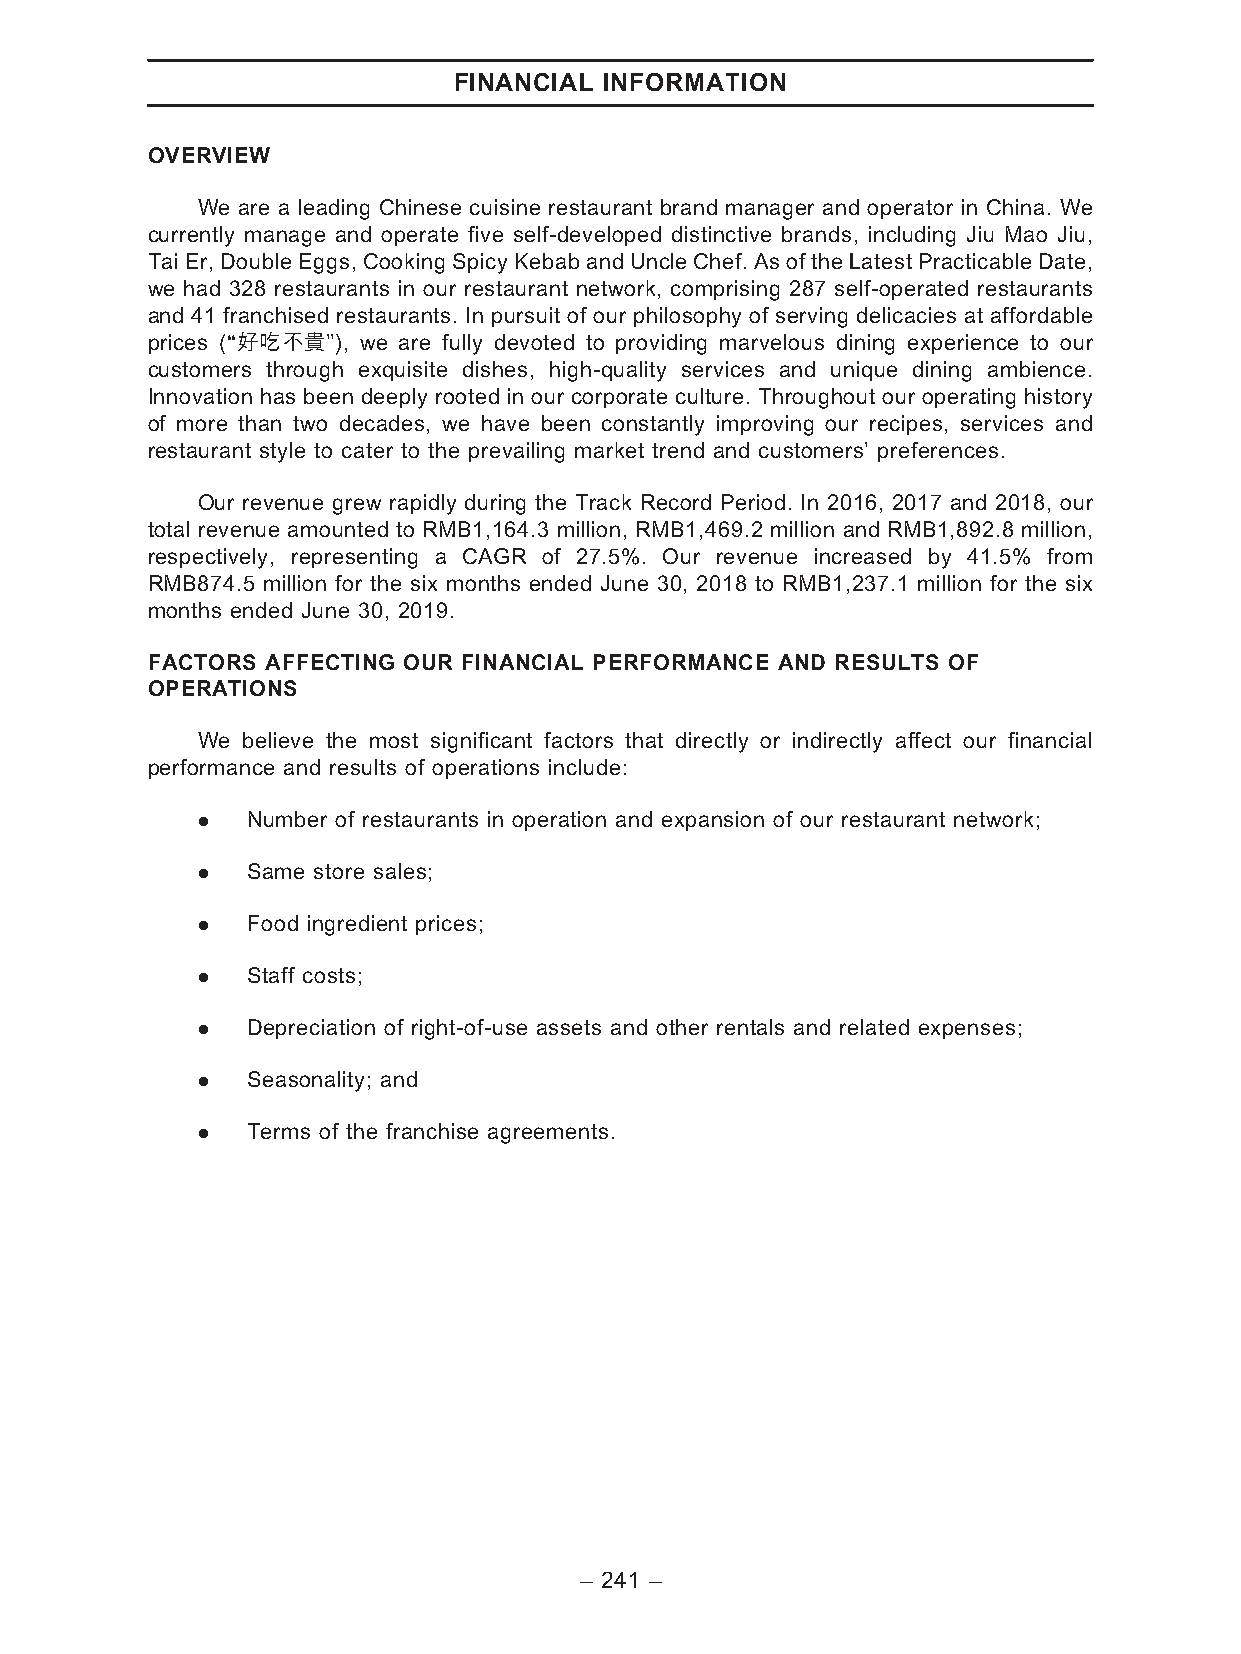
FINANCIAL INFORMATION
 OVERVIEW
 We are a leading Chinese cuisine restaurant brand manager and operator in China. We
 currently manage and operate five self-developed distinctive brands, including Jiu Mao Jiu,
 TaiEr, DoubleEggs,Cooking SpicyKebabandUncle Chef. Asof the LatestPracticableDate,
 we had 328 restaurants in our restaurant network, comprising 287 self-operated restaurants
 and 41 franchised restaurants. In pursuit of our philosophy of serving delicacies at affordable
 prices (‘‘好吃不貴’’), we are fully devoted to providing marvelous dining experience to our
 customers through exquisite dishes, high-quality services and unique dining ambience.
 Innovation has been deeply rooted in our corporate culture. Throughout our operating history
 of more than two decades, we have been constantly improving our recipes, services and
 restaurant style to cater to the prevailing market trend and customers’ preferences.
 Our revenue grew rapidly during the Track Record Period. In 2016, 2017 and 2018, our
 total revenue amounted to RMB1,164.3 million, RMB1,469.2 million and RMB1,892.8 million,
 respectively, representing a CAGR of 27.5%. Our revenue increased by 41.5% from
 RMB874.5 million for the six months ended June 30, 2018 to RMB1,237.1 million for the six
 months ended June 30, 2019.
 FACTORS AFFECTING OUR FINANCIAL PERFORMANCE AND RESULTS OF
 OPERATIONS
 We believe the most significant factors that directly or indirectly affect our financial
 performance and results of operations include:
 .  Number of restaurants in operation and expansion of our restaurant network;
 .  Same store sales;
 .  Food ingredient prices;
 .  Staff costs;
 .  Depreciation of right-of-use assets and other rentals and related expenses;
 .  Seasonality; and
 .  Terms of the franchise agreements.
 – 241 –